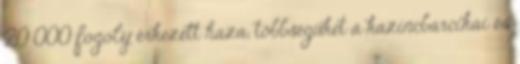
20 000 fogoly érkezett haza, többségüket a kazincbarcikai és